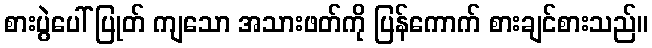
စားပွဲပေါ် ပြုတ် ကျသော အသားဖတ်ကို ပြန်ကောက် စားချင်စားသည်။